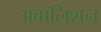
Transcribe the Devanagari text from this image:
अबॉलिशन